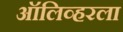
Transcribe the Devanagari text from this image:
ऑलिव्हरला